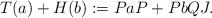
LaTeX: \begin{align*} T(a)+H(b):= PaP + PbQJ.\end{align*}